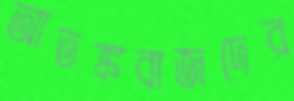
আতঙ্কবাজদের